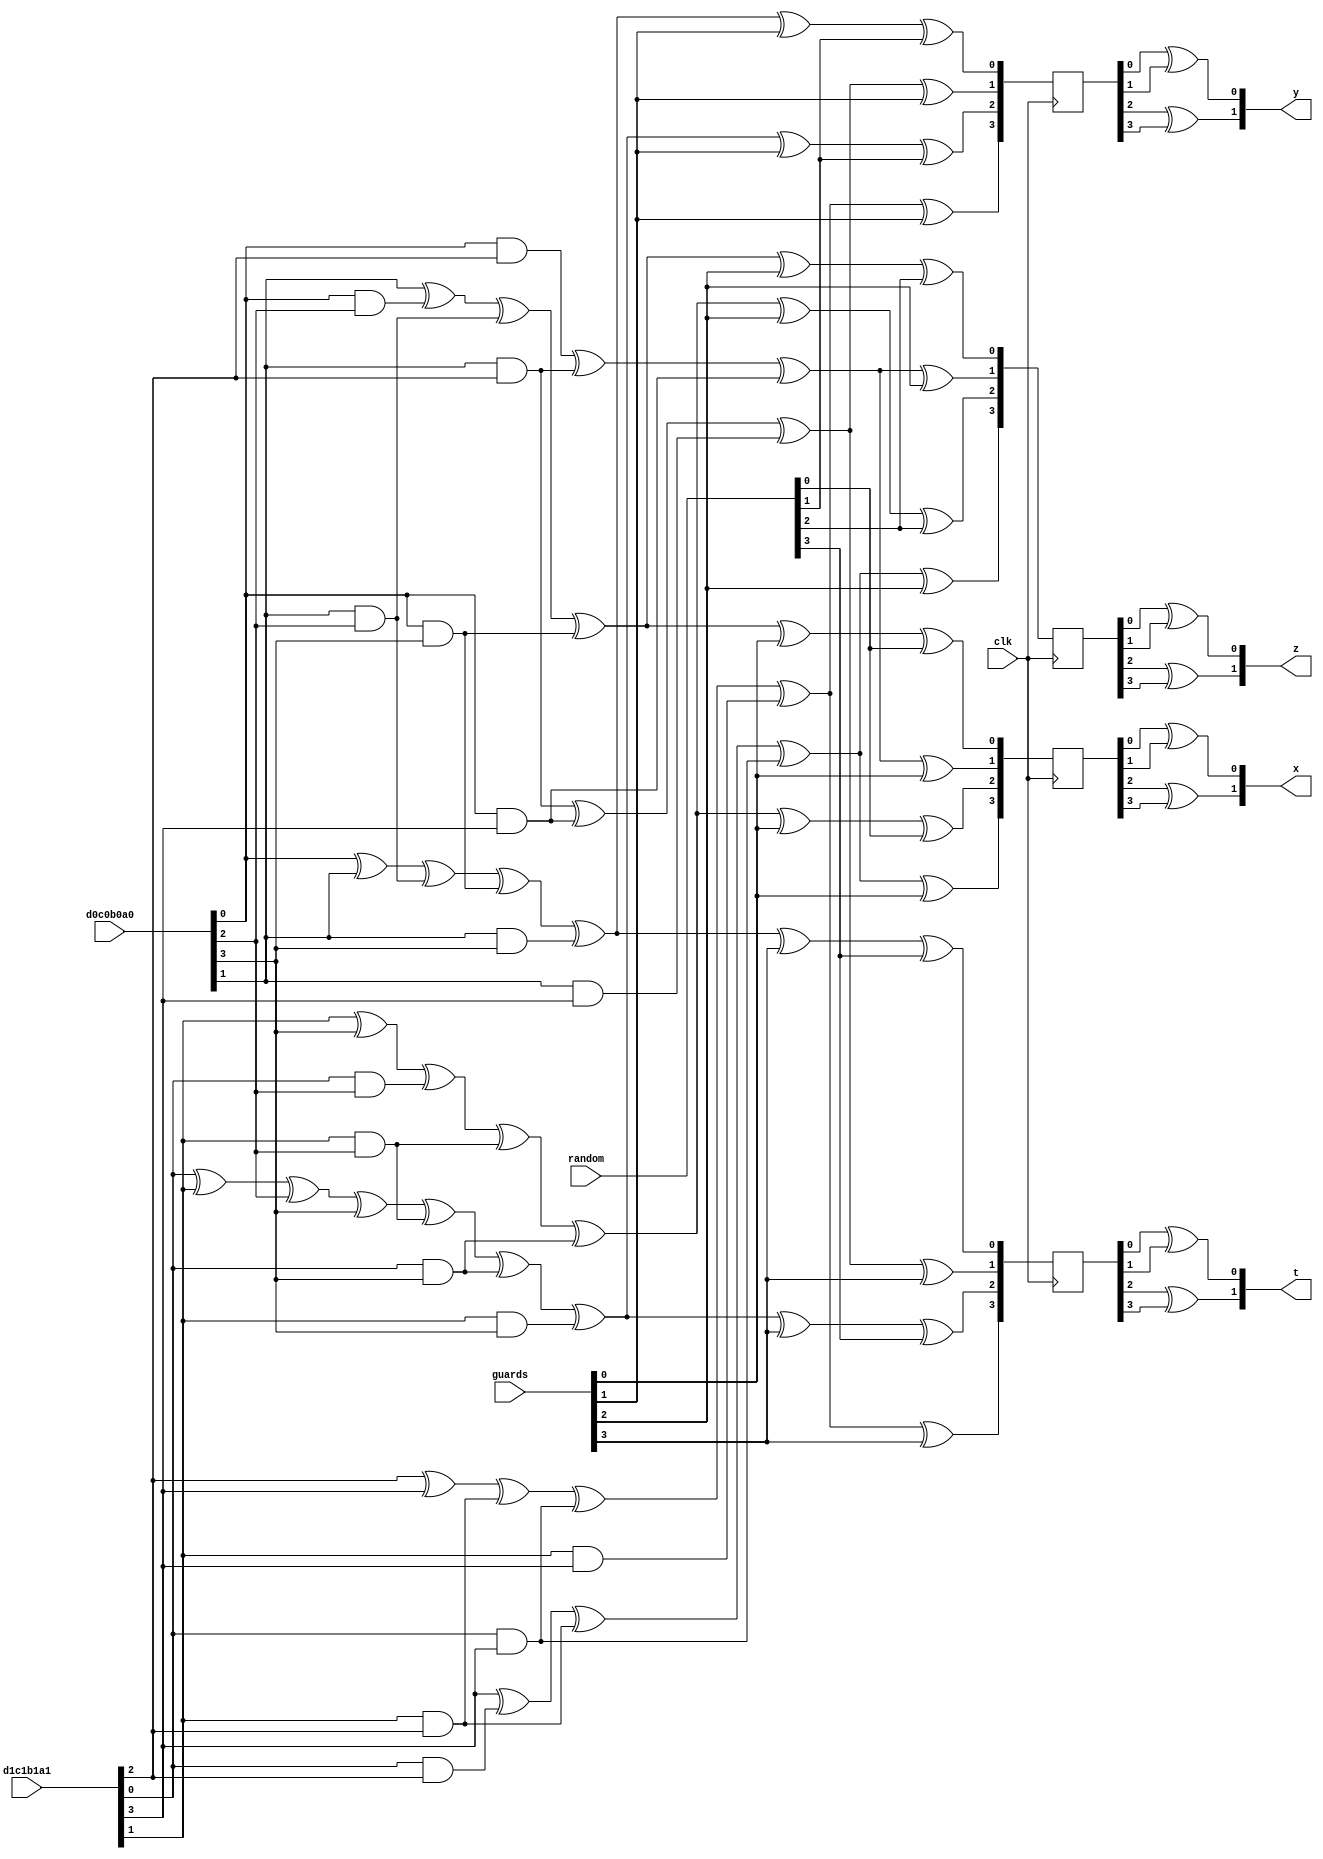
`timescale 1ns / 1ps
//////////////////////////////////////////////////////////////////////////////////
// Company: 
// Engineer: 
// 
// Design Name: 
// Module Name:    GF4MulXorSqSc_Unit 
// Project Name: 
// Target Devices: 
// Tool versions: 
// Description: 
//
// Dependencies: 
//
// Revision: 
// Revision 0.01 - File Created
// Additional Comments: 
//
//////////////////////////////////////////////////////////////////////////////////
module GF4MulXorSqSc_Unit(
	input				clk,
	
	input	[03:00]		d0c0b0a0,
	input	[03:00]		d1c1b1a1,
	
	input	[03:00]		guards,
	input	[03:00]		random,
	
	output	[01:00]		x,
	output	[01:00]		y,
	output	[01:00]		z,
	output	[01:00]		t
    );
	
	//// intermediate;
	// Sbox;
	wire				d0, d1;
	wire				c0, c1;
	wire				b0, b1;
	wire				a0, a1;
	
	wire				ra3, ra2;
	wire				ra1, ra0;
	
	wire				a0c0, a0c1;
	wire				a1c0, a1c1;
	
	wire				a0d0, a0d1;
	wire				a1d0, a1d1;
	
	wire				b0c0, b0c1;
	wire				b1c0, b1c1;
	
	wire				b0d0, b0d1;
	wire				b1d0, b1d1;
	
	wire	[03:00]		ta, tb;
	
	reg		[03:00]		x_r;
	reg		[03:00]		y_r;
	reg		[03:00]		z_r;
	reg		[03:00]		t_r;
	
	// assign;
	assign d0 = d0c0b0a0[3];
	assign c0 = d0c0b0a0[2];
	assign b0 = d0c0b0a0[1];
	assign a0 = d0c0b0a0[0];
	
	assign d1 = d1c1b1a1[3];
	assign c1 = d1c1b1a1[2];
	assign b1 = d1c1b1a1[1];
	assign a1 = d1c1b1a1[0];
	
	assign a0c0 = a0 & c0;
	assign a0c1 = a0 & c1;
	assign a1c0 = a1 & c0;
	assign a1c1 = a1 & c1;
	
	assign a0d0 = a0 & d0;
	assign a0d1 = a0 & d1;
	assign a1d0 = a1 & d0;
	assign a1d1 = a1 & d1;
	
	assign b0c0 = b0 & c0;
	assign b0c1 = b0 & c1;
	assign b1c0 = b1 & c0;
	assign b1c1 = b1 & c1;
	
	assign b0d0 = b0 & d0;
	assign b0d1 = b0 & d1;
	assign b1d0 = b1 & d0;
	assign b1d1 = b1 & d1;
	
	assign ta[0] = b0      ^ a0c0 ^ b0c0 ^ a0d0;
	assign ta[1] =           a0c1 ^ b0c1 ^ a0d1;
	assign ta[2] = b1 ^ d0 ^ a1c0 ^ b1c0 ^ a1d0;
	assign ta[3] =      d1 ^ a1c1 ^ b1c1 ^ a1d1;
	
	assign tb[0] = a0 ^ b0           ^ b0c0 ^ a0d0 ^ b0d0;
	assign tb[1] =                     b0c1 ^ a0d1 ^ b0d1;
	assign tb[2] = a1 ^ b1 ^ c0 ^ d0 ^ b1c0 ^ a1d0 ^ b1d0;
	assign tb[3] =           c1 ^ d1 ^ b1c1 ^ a1d1 ^ b1d1;
	
	// x_r;
	always @(posedge clk)
	begin
		x_r[0] <= ta[0] ^ guards[0] ^ random[0];
		x_r[1] <= ta[1] ^ guards[0];
		x_r[2] <= ta[2] ^ guards[0] ^ random[0];
		x_r[3] <= ta[3] ^ guards[0];
	end
	
	// y_r;
	always @(posedge clk)
	begin
		y_r[0] <= tb[0] ^ guards[1] ^ random[1];
		y_r[1] <= tb[1] ^ guards[1];
		y_r[2] <= tb[2] ^ guards[1] ^ random[1];
		y_r[3] <= tb[3] ^ guards[1];
	end
	
	//  z_r;
	always @(posedge clk)
	begin
		z_r[0] <= ta[0] ^ guards[2] ^ random[2];
		z_r[1] <= ta[1] ^ guards[2];
		z_r[2] <= ta[2] ^ guards[2] ^ random[2];
		z_r[3] <= ta[3] ^ guards[2];
	end
	
	// t_r;
	always @(posedge clk)
	begin
		t_r[0] <= tb[0] ^ guards[3] ^ random[3];
		t_r[1] <= tb[1] ^ guards[3];
		t_r[2] <= tb[2] ^ guards[3] ^ random[3];
		t_r[3] <= tb[3] ^ guards[3];
	end
	
	//// Output Assign;
	assign x[0] = x_r[0] ^ x_r[1];
	assign x[1] = x_r[2] ^ x_r[3];
	
	assign y[0] = y_r[0] ^ y_r[1];
	assign y[1] = y_r[2] ^ y_r[3];
	
	assign z[0] = z_r[0] ^ z_r[1];
	assign z[1] = z_r[2] ^ z_r[3];
	
	assign t[0] = t_r[0] ^ t_r[1];
	assign t[1] = t_r[2] ^ t_r[3];
	
endmodule